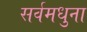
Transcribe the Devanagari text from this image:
सर्वमधुना